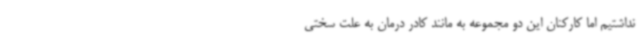
نداشتیم اما کارکنان این دو مجموعه به مانند کادر درمان به علت سختی